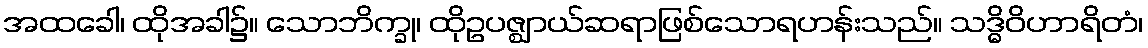
အထခေါ၊ ထိုအခါ၌။ သောဘိက္ခု၊ ထိုဥပဇ္ဈာယ်ဆရာဖြစ်သောရဟန်းသည်။ သဒ္ဓိဝိဟာရိတံ၊